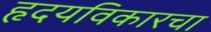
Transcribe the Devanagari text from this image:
हृदयविकारचा